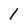
Character: 1